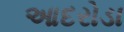
આદરોડા